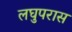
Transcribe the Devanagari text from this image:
लघुपरास